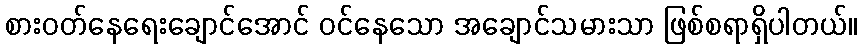
စားဝတ်နေရေးချောင်အောင် ဝင်နေသော အချောင်သမားသာ ဖြစ်စရာရှိပါတယ်။